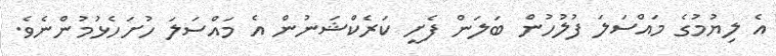
އެ ލިޔުމުގެ މައްސަލަ ފުލުހުން ބަލަން ފެށީ ކަރެކްޝަނުން އެ މައްސަލަ ހުށަހެޅުމުންނެވެ.